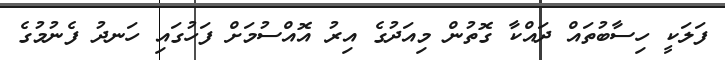
ފަލަކީ ހިސާބުތައް ދައްކާ ގޮތުން މިއަދުގެ އިރު އޮއްސުމަށް ފަހުގައި ހަނދު ފެނުމުގެ